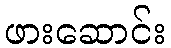
ဖားဆောင်း